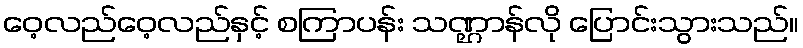
ဝေ့လည်ဝေ့လည်နှင့် စကြာပန်း သဏ္ဌာန်လို ပြောင်းသွားသည်။